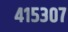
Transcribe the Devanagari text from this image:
४१५३०७